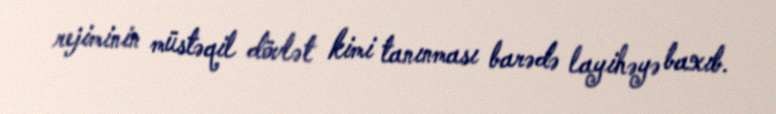
rejiminin müstəqil dövlət kimi tanınması barədə layihəyə baxıb.